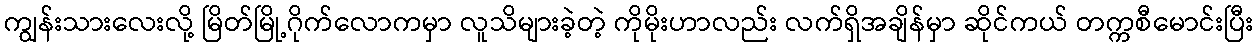
ကျွန်းသားလေးလို့ မြိတ်မြို့ဂိုက်လောကမှာ လူသိများခဲ့တဲ့ ကိုမိုးဟာလည်း လက်ရှိအချိန်မှာ ဆိုင်ကယ် တက္ကစီမောင်းပြီး